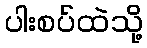
ပါးစပ်ထဲသို့